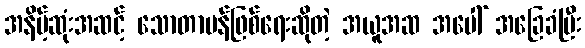
အနိမ့်ဆုံးအဆင့် သောတာပန်ဖြစ်ရေးဆိုတဲ့ အယူအဆ အပေါ် အခြေခံပြီး